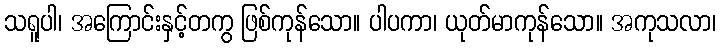
သရူပါ၊ အကြောင်းနှင့်တကွ ဖြစ်ကုန်သော။ ပါပကာ၊ ယုတ်မာကုန်သော။ အကုသလာ၊